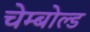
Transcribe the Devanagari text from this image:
चेम्बोल्ड